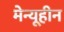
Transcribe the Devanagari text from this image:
मेन्यूहीन